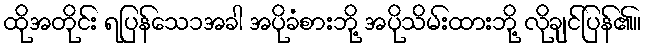
ထိုအတိုင်း ရပြန်သေ၁အခါ အပိုခံစားဘို့ အပိုသိမ်းထားဘို့ လိုချင်ပြန်၏။